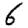
Digit: 6